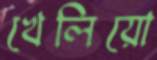
খেলিয়ো